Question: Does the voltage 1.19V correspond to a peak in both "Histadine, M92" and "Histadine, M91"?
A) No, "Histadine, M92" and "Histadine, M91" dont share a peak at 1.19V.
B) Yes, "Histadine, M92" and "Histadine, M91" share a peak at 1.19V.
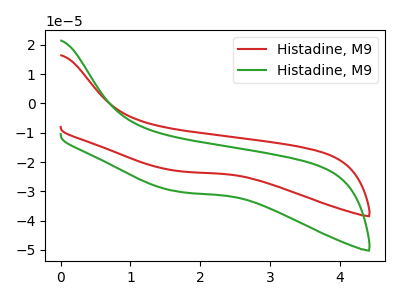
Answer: <think>The red curve "Histadine, M91" has no peaks. The green curve "Histadine, M92" has no peaks.</think>
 <answer>A) No, "Histadine, M92" and "Histadine, M91" dont share a peak at 1.19V.</answer>
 <eval>A</eval>